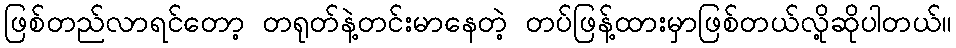
ဖြစ်တည်လာရင်တော့ တရုတ်နဲ့တင်းမာနေတဲ့ တပ်ဖြန့်ထားမှာဖြစ်တယ်လို့ဆိုပါတယ်။